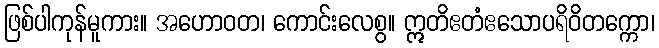
ဖြစ်ပါကုန်မူကား။ အဟောဝတ၊ ကောင်းလေစွ။ ဣတိဧတံဧသောပရိဝိတက္ကော၊